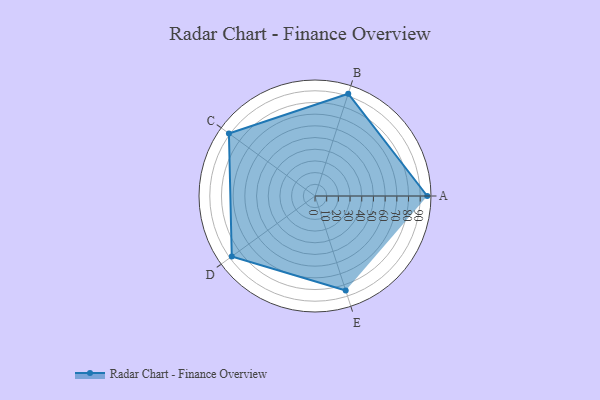
{"axis": {"x": "Skill", "y": "Score"}, "legend": ["Profile"], "data": [{"x": "A", "y": 96.0, "type": "Profile"}, {"x": "B", "y": 92.0, "type": "Profile"}, {"x": "C", "y": 91.0, "type": "Profile"}, {"x": "D", "y": 88.0, "type": "Profile"}, {"x": "E", "y": 85.0, "type": "Profile"}]}